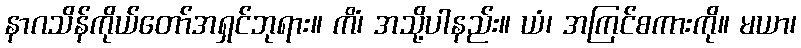
နာဂသိန်ကိုယ်တော်အရှင်ဘုရား။ ကိံ၊ အသို့ပါနည်း။ ယံ၊ အကြင်စကားကို။ မယာ၊